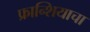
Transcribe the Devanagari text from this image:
फ्रान्शियाचा